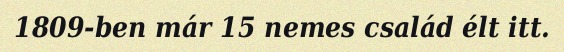
1809-ben már 15 nemes család élt itt.